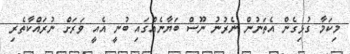
މިކަމާ ގުޅިގެން އެތަނުން ނެރުނު ނޫސް ބަޔާނެއްގައި ބުނީ އެއީ ވަރަށް ނުރައްކާތެރި